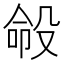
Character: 𪵍